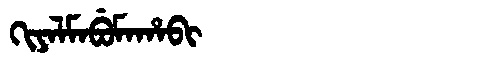
Manchu: ᡴᡳᠶᠠᠯᠮᠠᠪᡠᠮᠠᡥᠠᠪᡳ
Romanization: KIYALMABUMAHABI